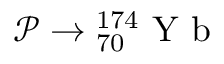
\mathcal { P } \rightarrow { _ { 7 0 } ^ { 1 7 4 } } \mathrm { ~ Y ~ b ~ }